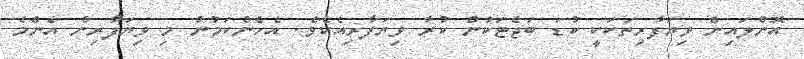
އޮންލައިން ވިޔަފާރިތަކަކީ ކުޑަ ބަޖެޓަކުން ކުރާ ވިޔަފާރިއެކެވެ. އެހެންކަމުން މި ވިޔަފާރިން އެންމެ